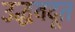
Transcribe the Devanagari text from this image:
उद्धवदूत